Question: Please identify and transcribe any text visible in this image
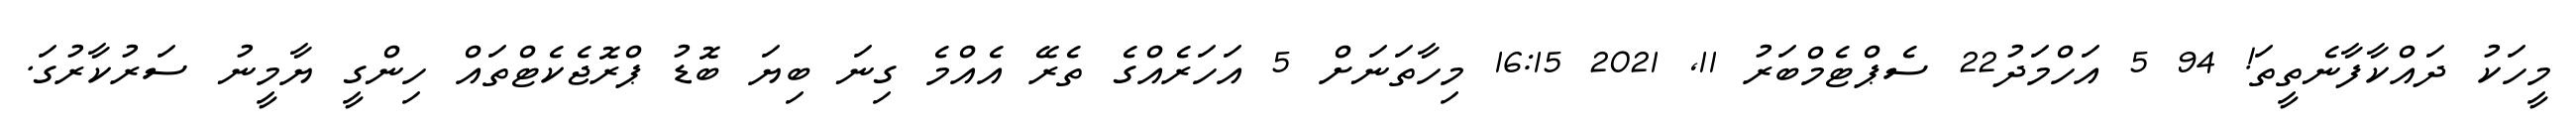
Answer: މީހަކު ދައްކާފާނެތީތަ! 94 5 އަހްމަދު22 ސެޕްޓެމްބަރު 11, 2021 16:15 މިހާތަނަށް 5 އަހަރެއްގެ ތެރޭ އެއްމެ ގިނަ ބިޔަ ބޮޑު ޕްރޮޖެކެޓްތައް ހިންގީ ޔާމީނު ސަރުކާރުގަ.